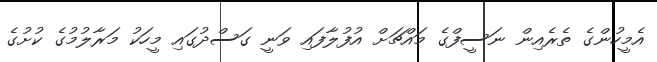
އެމީހުންގެ ތެރެއިން ނަސީފްގެ މައްޗަށް އުފުލާފައި ވަނީ ގަސްދުގައި މީހަކު މަރާލުމުގެ ކުށުގެ